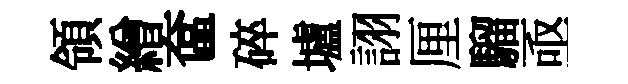
領繒奩碎壚詡厘騮亟